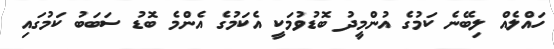
ހައްލެއް ލިބޭނެ ކަމުގެ އުންމީދު ބޮޑުވުމަކީ އެކަމުގެ އެންމެ ބޮޑު ސަބަބު ކަމުގައި